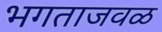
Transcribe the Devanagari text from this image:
भगताजवळ